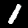
Digit: 1